Report of the Indian Hemp Drugs Commission, 1894-1895 - Volume IV
Year: 1894
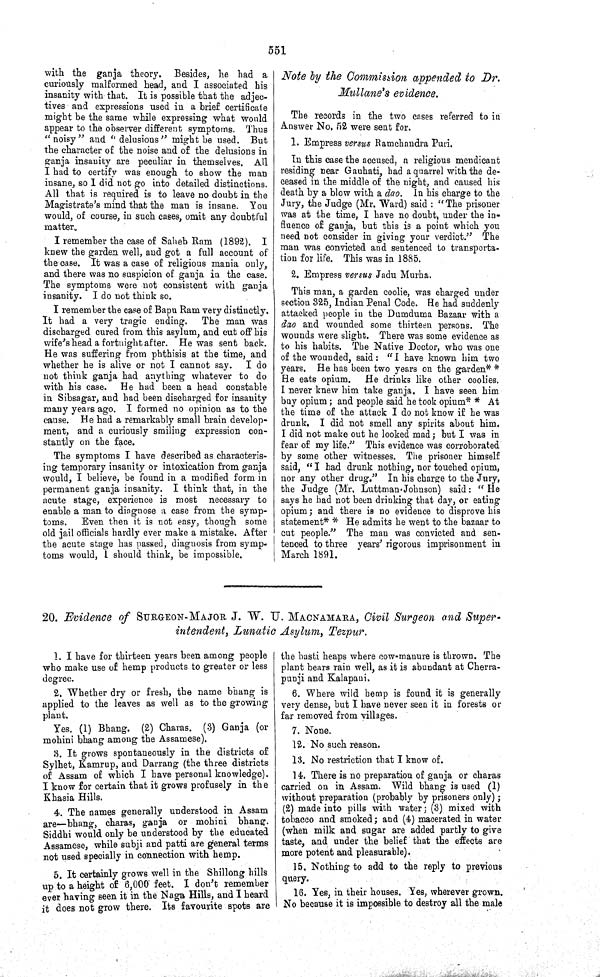
551
with the ganja theory. Besides, he had a
curiously malformed head, and I associated his
insanity with that. It is possible that the adjec-
tives and expressions used in a brief certificate
might be the same while expressing what would
appear to the observer different symptoms. Thus
"noisy" and "delusions" might be used. But
the character of the noise and of the delusions in
ganja insanity are peculiar in themselves. All
I had to certify was enough to show the man
insane, so I did not go into detailed distinctions.
All that is required is to leave no doubt in the
Magistrate's mind that the man is insane. You
would, of course, in such cases, omit any doubtful
matter.
I remember the case of Saheb Ram (1892). I
knew the garden well, and got a full account of
the case. It was a case of religious mania only,
and there was no suspicion of ganja in the case.
The symptoms were not consistent with ganja
insanity. I do not think so.
I remember the case of Bapu Ram very distinctly.
It had a very tragic ending. The man was
discharged cured from this asylum, and cut off his
wife's head a fortnight after. He was sent back.
He was suffering from phthisis at the time, and
whether he is alive or not I cannot say. I do
not think ganja had anything whatever to do
with his case. He had been a head constable
in Sibsagar, and had been discharged for insanity
many years ago. I formed no opinion as to the
cause. He had a remarkably small brain develop-
ment, and a curiously smiling expression con-
stantly on the face.
The symptoms I have described as characteris-
ing temporary insanity or intoxication from ganja
would, I believe, be found in a modified form in
permanent ganja insanity. I think that, in the
acute stage, experience is most necessary to
enable a man to diagnose a case from the symp-
toms.
Even then it is not easy, though some
old jail officials hardly ever make a mistake. After
the acute stage has passed, diagnosis from symp-
toms would, I should think, be impossible.
Note by the Commission appended to Dr.
Mullane's evidence.
The records in the two cases referred to in
Answer No. 52 were sent for.
1. Empress versus Ramchandra Puri.
In this case the accused, a religious mendicant
residing near Gauhati, had a quarrel with the de-
ceased in the middle of the night, and caused his
death by a blow with a dao. In his charge to the
Jury, the Judge (Mr. Ward) said: "The prisoner
was at the time, I have no doubt, under the in-
fluence of ganja, but this is a point which you
need not consider in giving your verdict." The
man was convicted and sentenced to transporta-
tion for life. This was in 1885.
2. Empress versus Jadu Murha.
This man, a garden coolie, was charged under
section 325, Indian Penal Code. He had suddenly
attacked people in the Dumduma Bazaar with a
dao and wounded some thirteen persons. The
wounds were slight. There was some evidence as
to his habits. The Native Doctor, who was one
of the wounded, said: "I have known him two
years. He has been two years on the garden* *
He eats opium. He drinks like other coolies.
I never knew him take ganja. I have seen him
buy opium; and people said he took opium* * At
the time of the attack I do not know if he was
drunk. I did not smell any spirits about him.
I did not make out he looked mad; but I was in
fear of my life." This evidence was corroborated
by some other witnesses. The prisoner himself
said, "I had drunk nothing, nor touched opium,
nor any other drug." In his charge to the Jury,
the Judge (Mr. Luttman Johnson) said: "He
says he had not been drinking that day, or eating
opium; and there is no evidence to disprove his
statement* * He admits he went to the bazaar to
cut people." The man was convicted and sen-
tenced to three years' rigorous imprisonment in
March 1891.
20. Evidence of SURGEON-MAJOR J. W. U. MACNAMARA, Civil Surgeon and Super-
intendent, Lunatic Asylum, Tezpur.
1. I have for thirteen years been among people
who make use of hemp products to greater or less
degree.
2. Whether dry or fresh, the name bhang is
applied to the leaves as well as to the growing
plant.
Yes. (1) Bhang. (2) Charas. (3) Ganja (or
mohini bhang among the Assamese).
3. It grows spontaneously in the districts of
Sylhet, Kamrup, and Darrang (the three districts
of Assam of which I have personal knowledge).
I know for certain that it grows profusely in the
Khasia Hills.
4. The names generally understood in Assam
are—bhang, charas, ganja or mohini bhang.
Siddhi would only be understood by the educated
Assamese, while subji and patti are general terms
not used specially in connection with hemp.
5. It certainly grows well in the Shillong hills
up to a height of 6,000 feet. I don't remember
ever having seen it in the Naga Hills, and I heard
it does not grow there. Its favourite spots are
the basti heaps where cow-manure is thrown. The
plant bears rain well, as it is abundant at Cherra-
punji and Kalapani.
6. Where wild hemp is found it is generally
very dense, but I have never seen it in forests or
far removed from villages.
7. None.
12. No such reason.
13. No restriction that I know of.
14. There is no preparation of ganja or charas
carried on in Assam. Wild bhang is used (1)
without preparation (probably by prisoners only);
(2) made into pills with water; (3) mixed with
tobacco and smoked; and (4) macerated in water
(when milk and sugar are added partly to give
taste, and under the belief that the effects are
more potent and pleasurable).
15. Nothing to add to the reply to previous
query.
16. Yes, in their houses. Yes, wherever grown.
No because it is impossible to destroy all the male